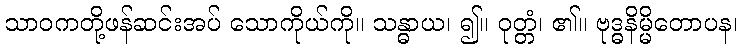
သာဝကတို့ဖန်ဆင်းအပ် သောကိုယ်ကို။ သန္ဓာယ၊ ၍။ ဝုတ္တံ၊ ၏။ ဗုဒ္ဓနိမ္မိတောပန၊